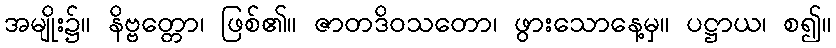
အမျိုး၌။ နိဗ္ဗတ္တော၊ ဖြစ်၏။ ဇာတဒိဝသတော၊ ဖွားသောနေ့မှ။ ပဋ္ဌာယ၊ စ၍။